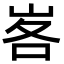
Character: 峉